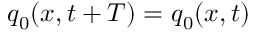
\boldsymbol { q } _ { 0 } ( \boldsymbol { x } , t + T ) = \boldsymbol { q } _ { 0 } ( \boldsymbol { x } , t )